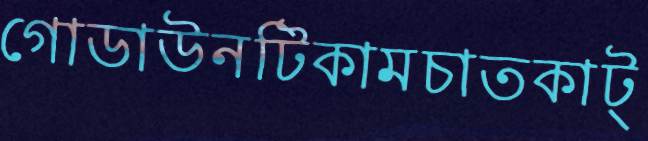
গোডাউনটিকামচাতকাট্